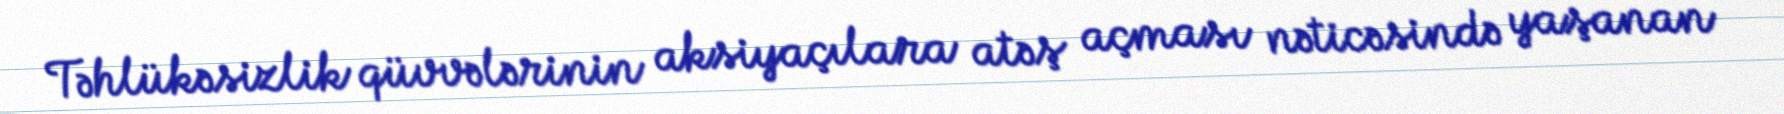
Təhlükəsizlik qüvvələrinin aksiyaçılara atəş açması nəticəsində yaşanan